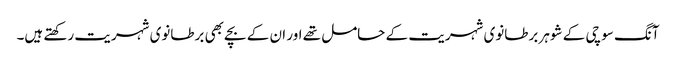
آنگ سو چی کے شوہر برطانوی شہریت کے حامل تھے اور ان کے بچے بھی برطانوی شہریت رکھتے ہیں۔